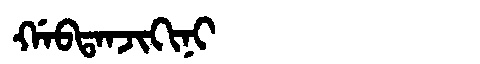
Manchu: ᡤᠠᠪᡨᠠᠨᠵᡳᡴᡳᠨᡳ
Romanization: GABTANJIKINI